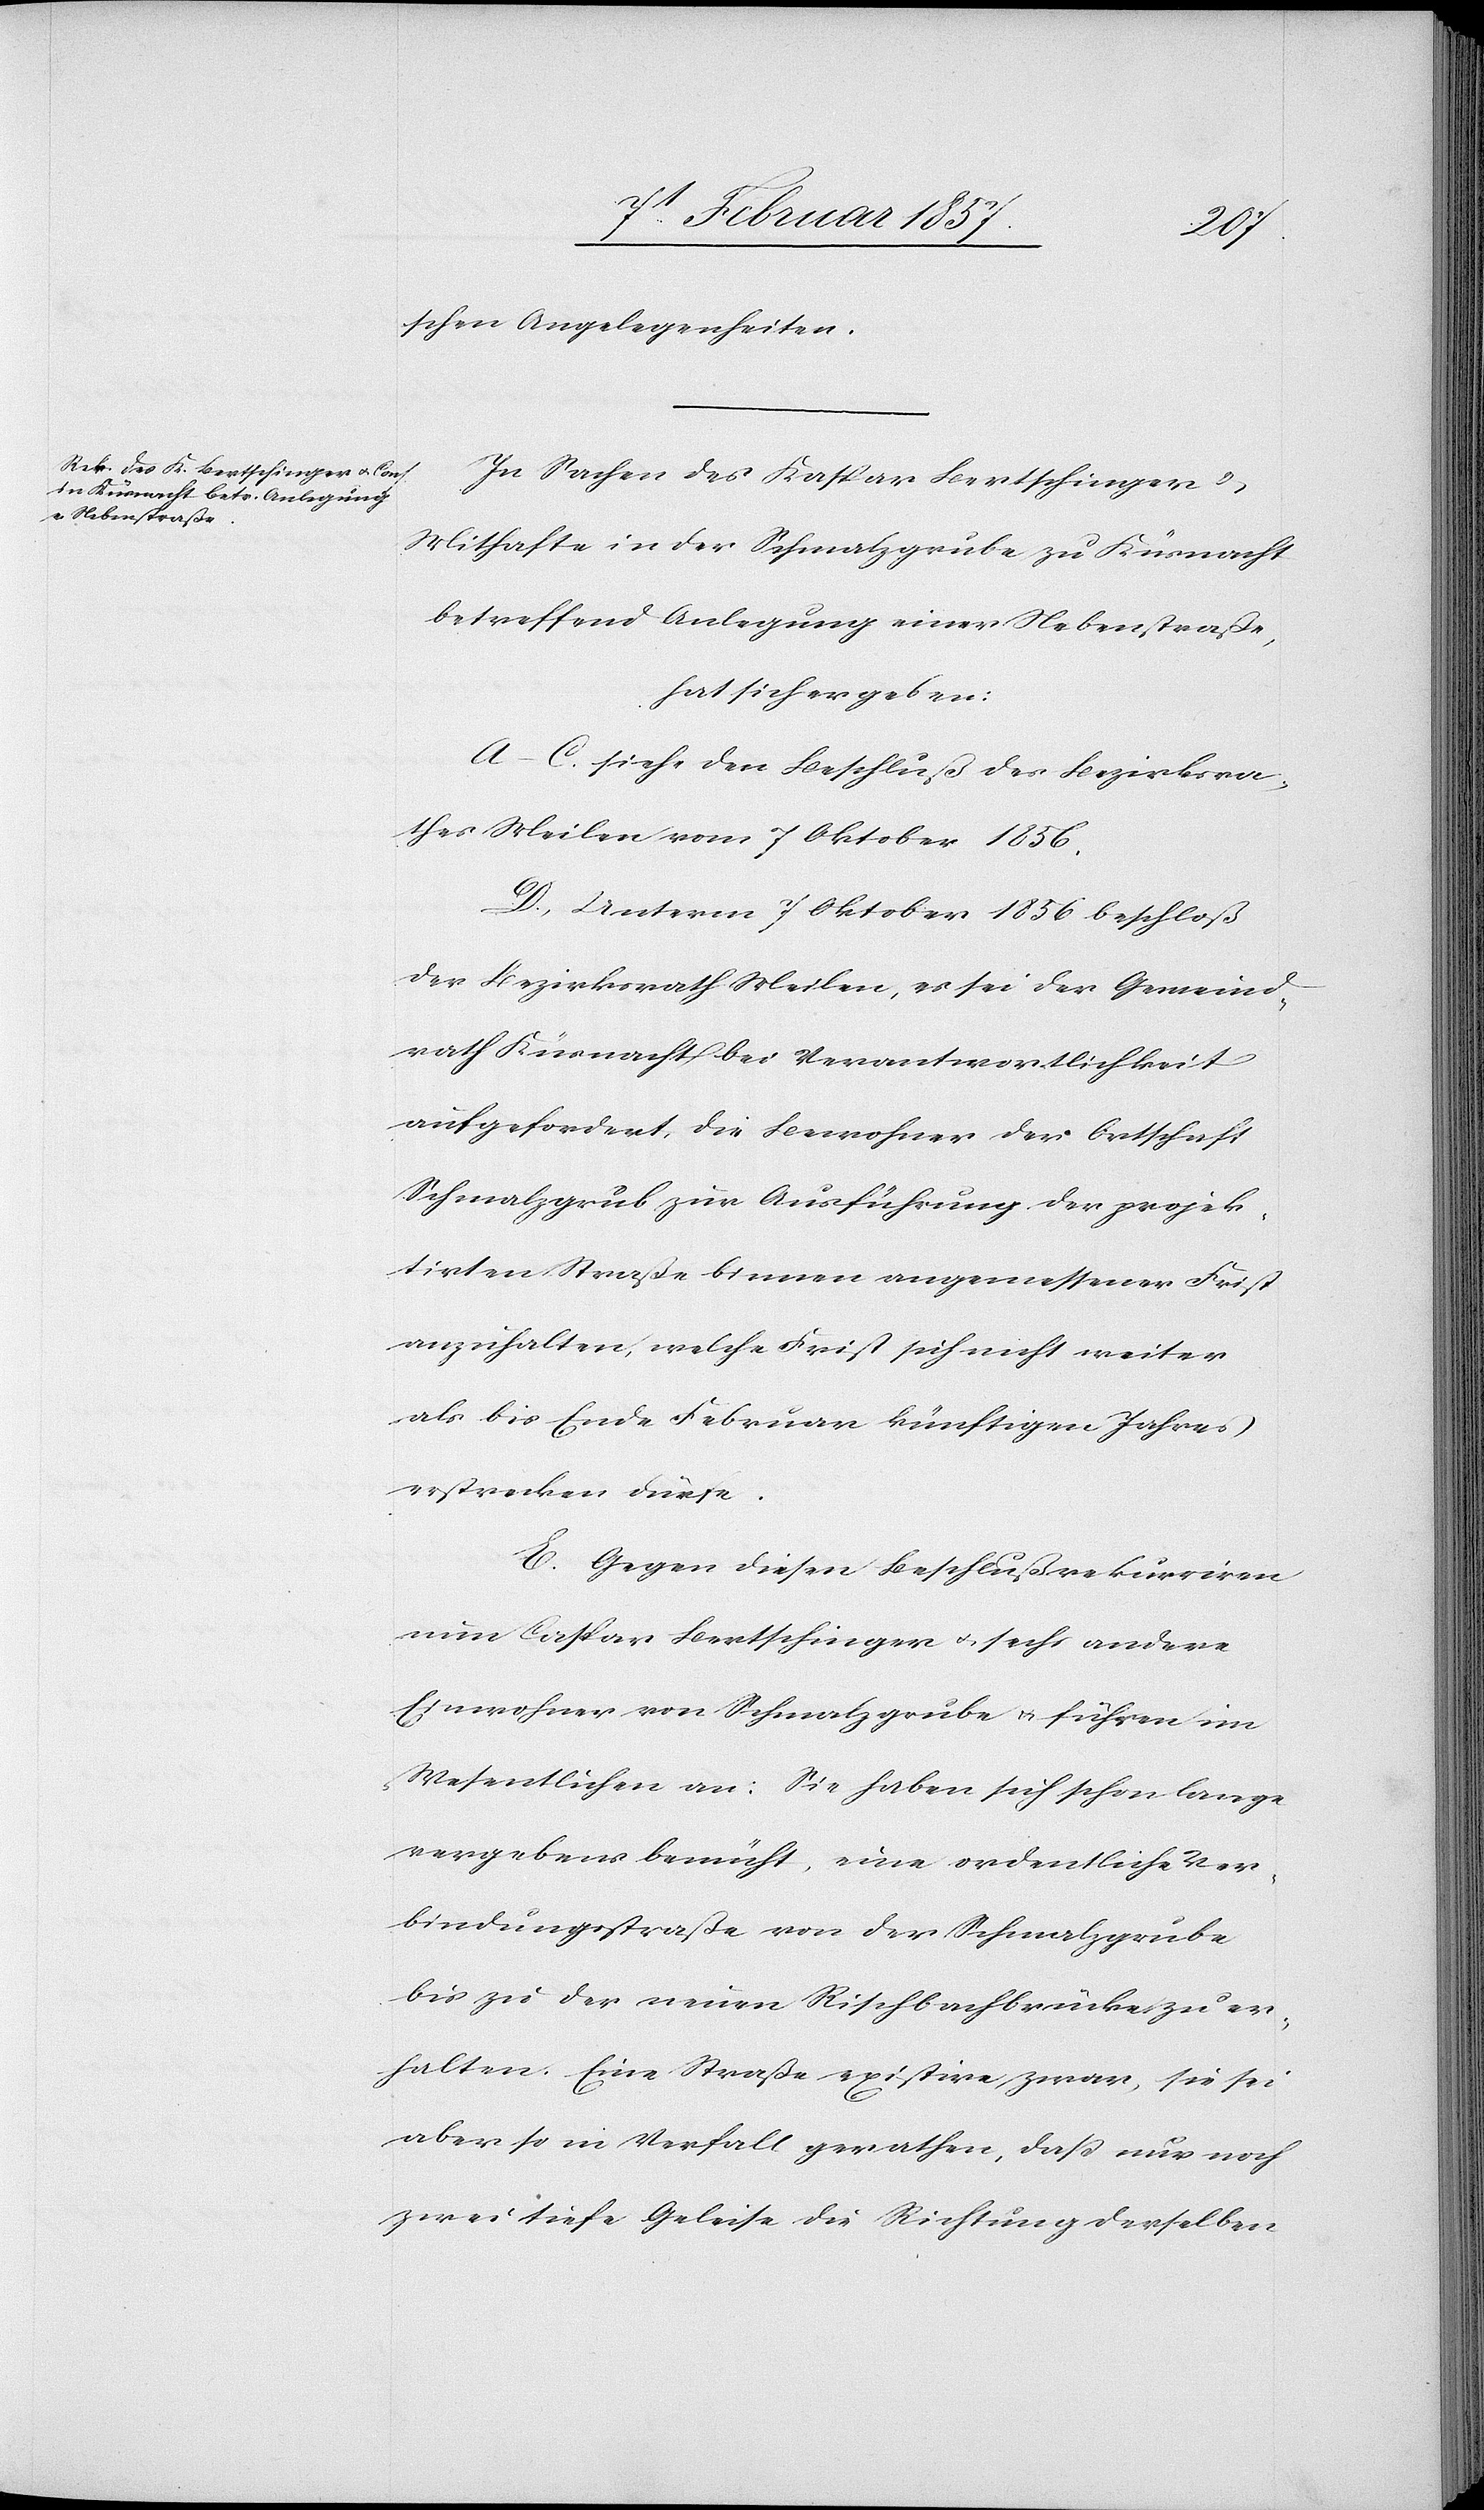
schen Angelegenheiten.
In Sachen des Kaspar Bertschinger u.
Mithafte in der Schmalzgrube zu Küsnacht
betreffend Anlegung einer Nebenstrasse,
hat sich ergeben:
A–C. siehe den Beschluß des Bezirksra¬
thes Meilen vom 7 Oktober 1856.
D. Unterm 7 Oktober 1856 beschloß
der Bezirksrath Meilen, es sei der Gemeind¬
rath Küsnacht bei Verantwortlichkeit
aufgefordert, die Bewohner der Ortschaft
Schmalzgrub zur Ausführung der projek¬
tirten Straße binnen angemessener Frist
anzuhalten, welche Frist sich nicht weiter
als bis Ende Februar künftigen Jahres
erstrecken dürfe.
E. Gegen diesen Beschluß rekurriren
nun Caspar Bertschinger u. sechs andere
Einwohner von Schmalzgrube u. führen im
Wesentlichen an: Sie haben sich schon lange
vergebens bemüht, eine ordentliche Ver¬
bindungsstraße von der Schmalzgrube
bis zu der neuen Rischbachbrücke zu er¬
halten. Eine Straße existire zwar, sie sei
aber so in Verfall gerathen, dass nur noch
zwei tiefe Geleise die Richtung derselben